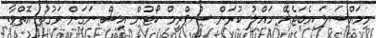
މިމައްސަލަ އެބަޖެހޭ ހައްލު ކުރަން ސްޕްރީމް ކޯޓުން އިސް ނަގަން ވަގުތު އޮތްވާ.